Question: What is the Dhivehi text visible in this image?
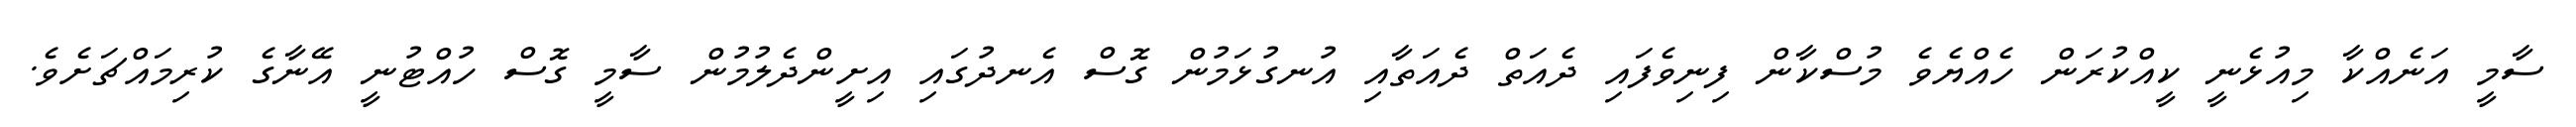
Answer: ސާމީ އަނެއްކާ މިއުޅެނީ ކީއްކުރަން ހެއްޔެވެ މުސްކާން ފިނިވެފައި ދެއަތް ދެއަތާއި އުނގުޅަމުން ގޮސް އެނދުގައި އިށީންދެލުމުން ސާމީ ގޮސް ހުއްޓުނީ އޭނާގެ ކުރިމައްޗަށެވެ.